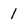
Character: i